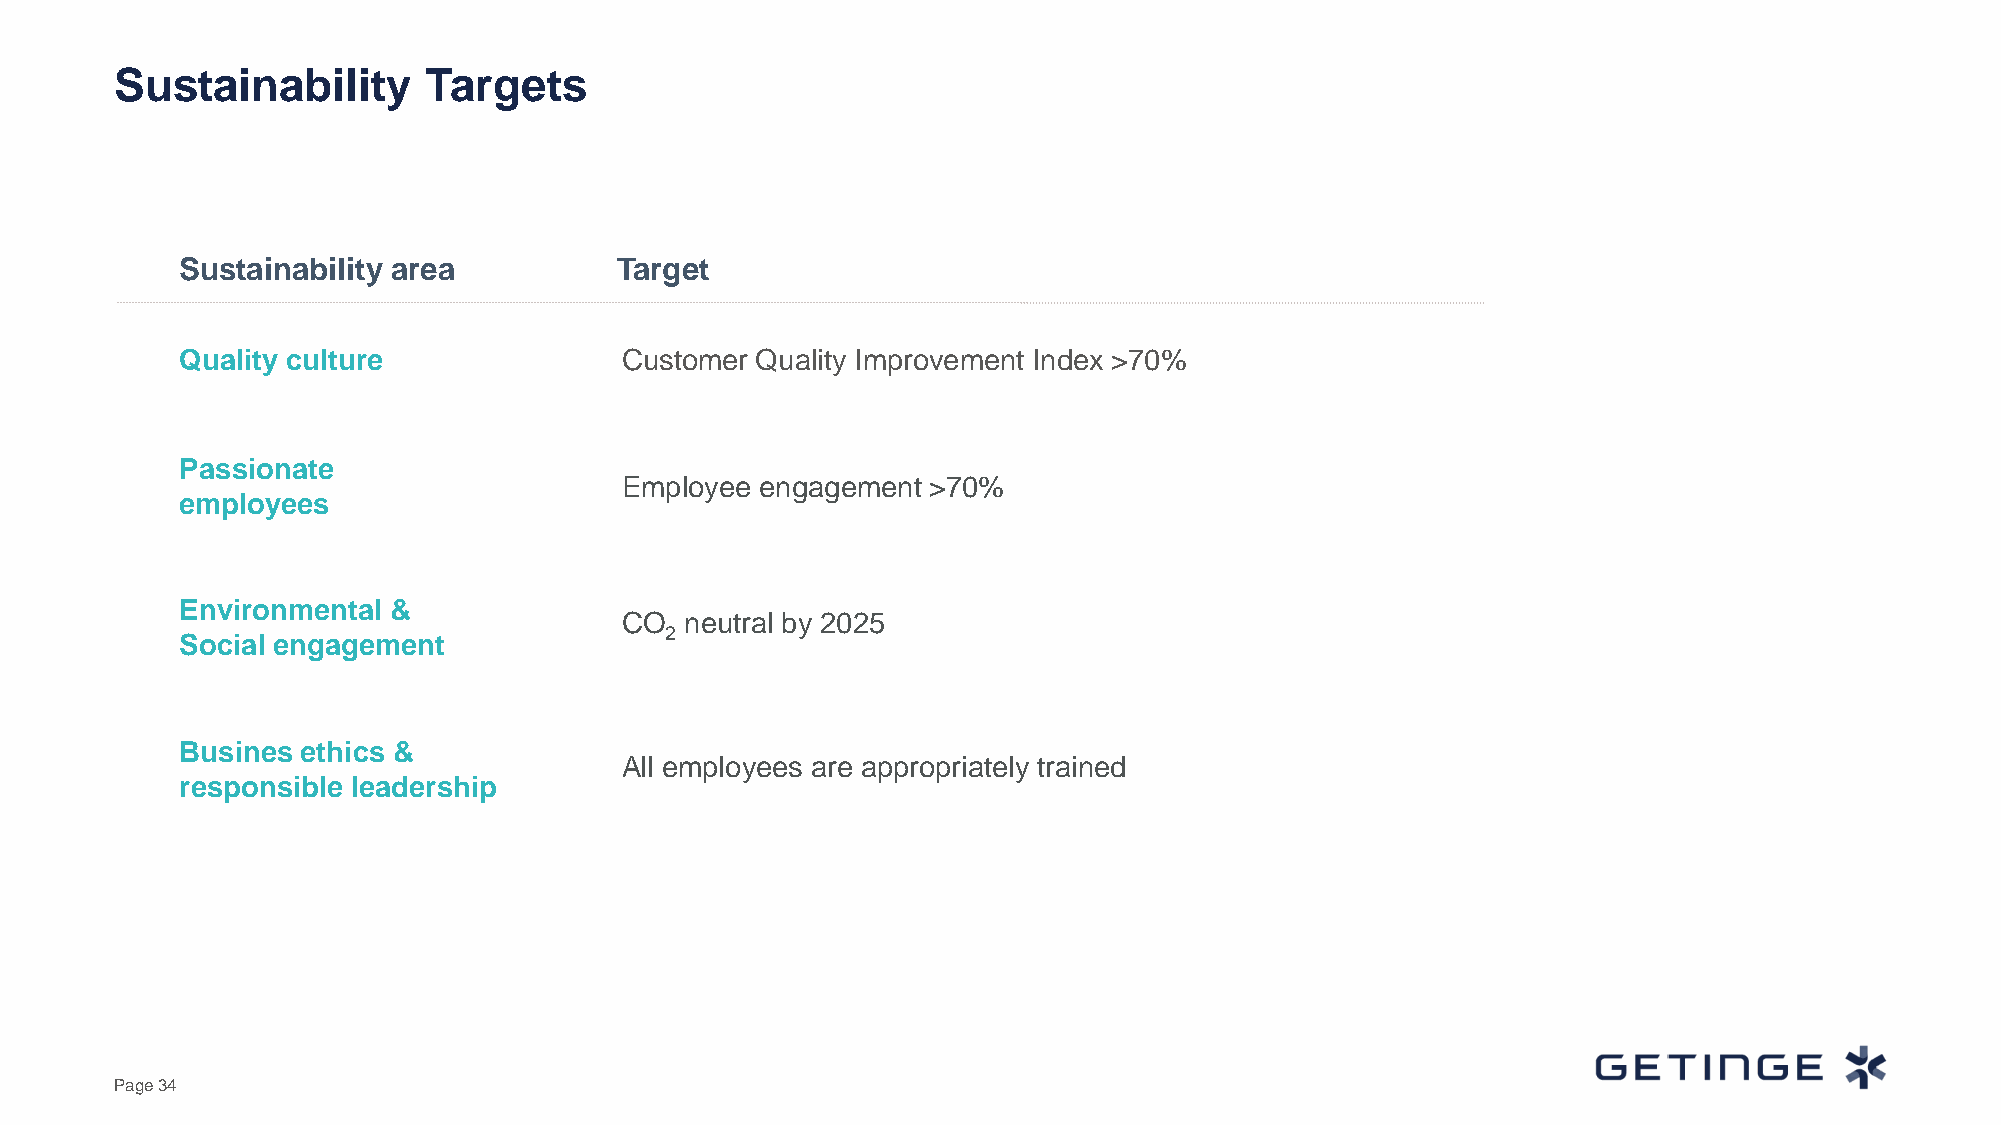
Sustainability      Targets
 Sustainability area          Target
 Quality culture              Customer Quality Improvement Index >70%
 Passionate
 Employee engagement >70%
 employees
 Environmental &
 CO  neutral by 2025
 2
 Social engagement
 Busines ethics &
 All employees are appropriately trained
 responsible leadership
 Page 34